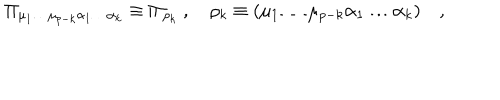
LaTeX: \Pi _ { \mu _ { 1 } \dots \mu _ { p - k } \alpha _ { 1 } \dots \alpha _ { k } } \equiv \Pi _ { \rho _ { k } } \ , \quad \rho _ { k } \equiv ( \mu _ { 1 } \dots \mu _ { p - k } \alpha _ { 1 } \dots \alpha _ { k } ) \quad ,